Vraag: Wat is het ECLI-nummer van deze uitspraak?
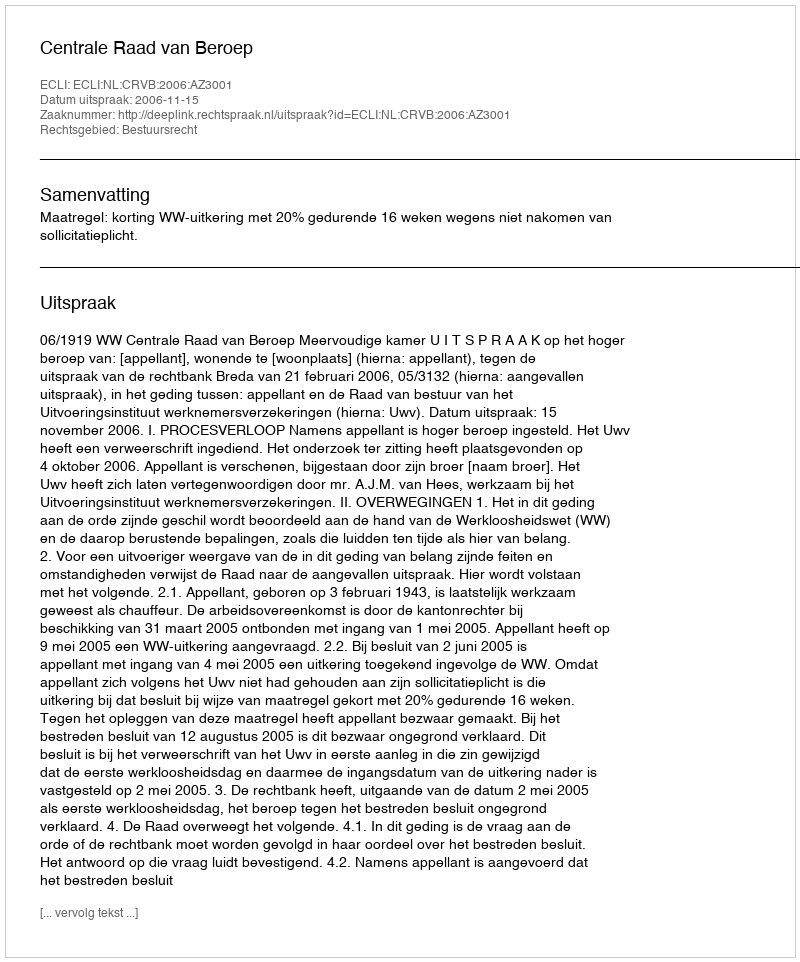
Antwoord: ECLI:NL:CRVB:2006:AZ3001